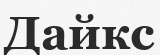
Дайкс